Reports on dispensaries and lunatic asylums in the Province of Oudh - 1869-1876
Year: 1869
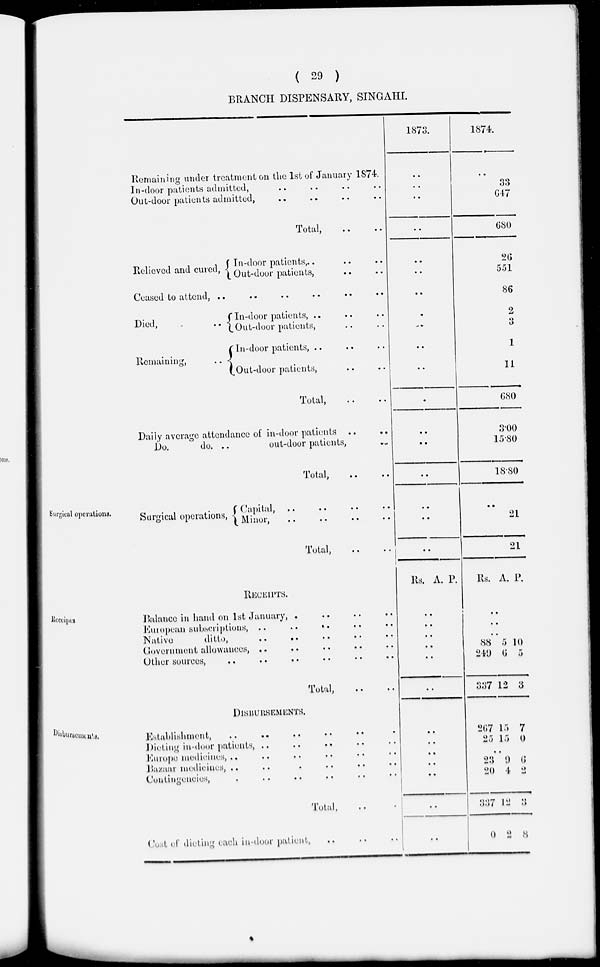
( 29 )
BRANCH DISPENSARY, SINGAHI.
Remaining under treatment on the 1st of January 1874.
In-door patients admitted, .. .. .. ..
Out-door patients admitted, .. .. .. ..
Total, .. ..
Relieved and cured,
In-door patients, .. ..
Out-door patients, .. ..
Ceased to attend, .. .. .. .. .. ..
Died,
..
Remaining,
..
In-door patients, .. .. ..
Out-door patients, .. ..
In-door patients, .. .. ..
Out-door patients, .. ..
Total, .. ..
Daily average attendance of in-door patients .. ..
Do.
do. ..
out-door patients, ..
Total, .. ..
1873.
..
..
..
..
..
..
..
..
..
..
..
..
..
..
..
1874.
..
33
647
680
26
551
86
2
3
1
11
680
3.00
15.80
18.80
Surgical operations.
Surgical operations,
Capital, .. .. .. ..
Minor, .. .. .. ..
Total, .. ..
..
..
..
..
21
21
Receipts
RECEIPTS.
Balance in hand on 1st January, .. .. .. ..
European subscriptions, ..
..
.. .. ..
Native
ditto, .. .. .. .. ..
Government allowances, .. .. .. .. ..
Other sources, .. .. .. .. .. ..
Total, .. ..
Rs. A. P.
..
..
..
..
..
..
..
Rs. A. P.
..
..
..
..
88
249
337
5
6
12
10
5
3
Disbursements.
DISBURSEMENTS.
Establishment, .. .. .. .. .. .. ..
Dieting in-door patients, .. .. .. .. .. ..
Europe medicines, .. .. .. .. .. .. ..
Bazaar medicines, .. .. .. .. .. .. ..
Contingencies, .. .. .. .. .. .. ..
Total, .. ..
Cost of dieting each in-door patient,
..
..
..
..
267
25
15
15
7
0
..
23
20
337
0
9
4
12
2
6
2
3
8